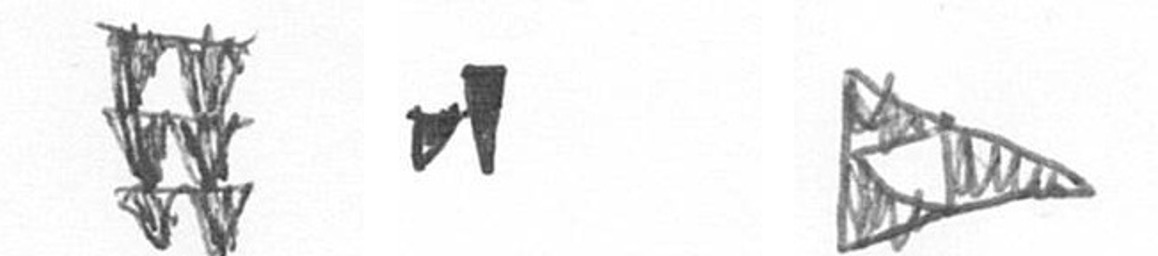
Y M K